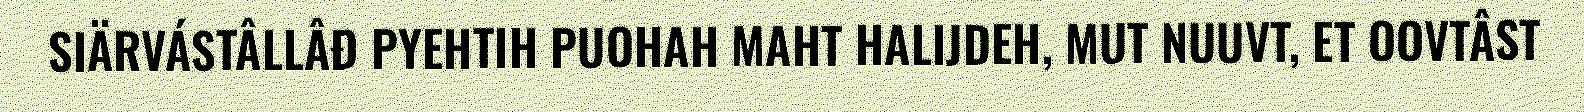
SIÄRVÁSTÂLLÂĐ PYEHTIH PUOHAH MAHT HALIJDEH, MUT NUUVT, ET OOVTÂST